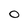
Character: 0